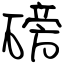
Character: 磅